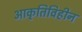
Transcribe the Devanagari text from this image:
आकृतिविहीन